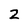
Character: 2